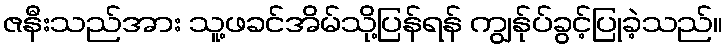
ဇနီးသည်အား သူ့ဖခင်အိမ်သို့ပြန်ရန် ကျွန်ုပ်ခွင့်ပြုခဲ့သည်။